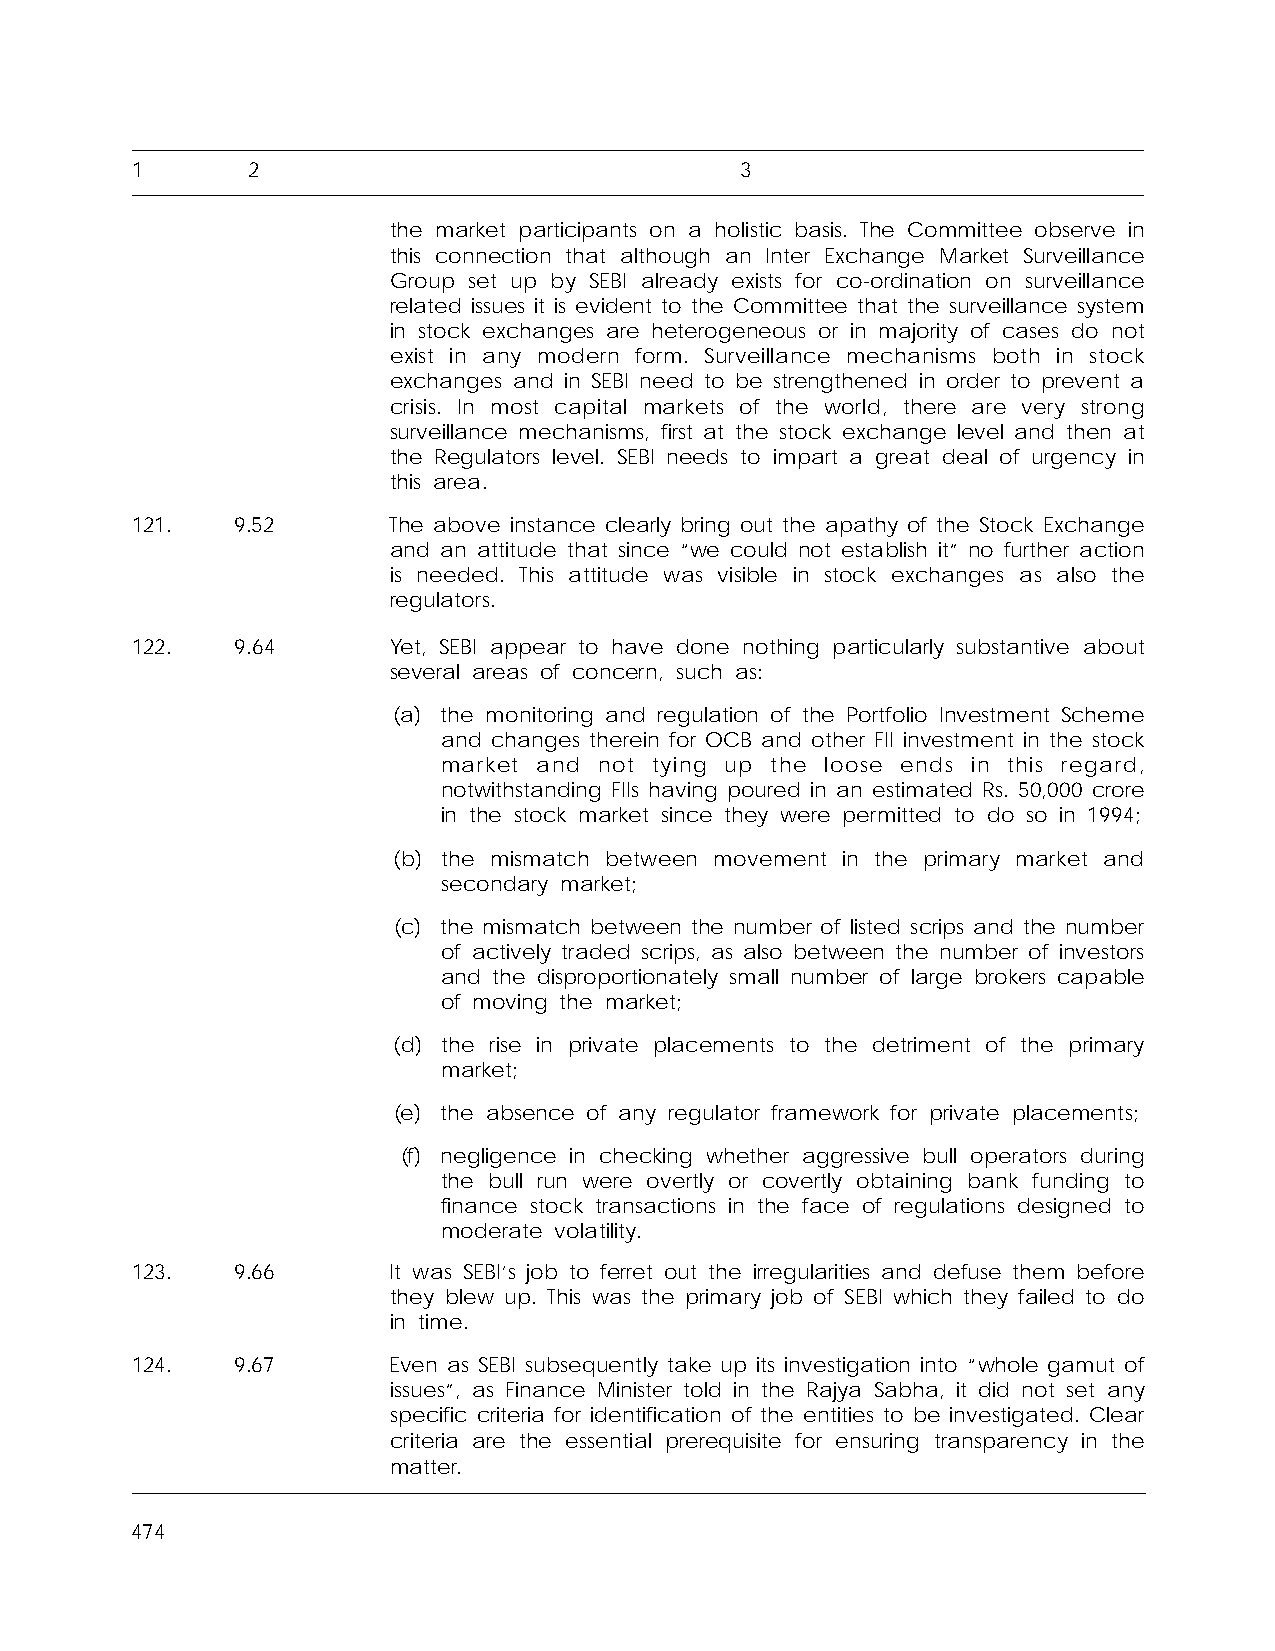
1      2                                3
 the market participants on a holistic basis. The Committee observe in
 this connection that although an Inter Exchange Market Surveillance
 Group set up by SEBI already exists for co-ordination on surveillance
 related issues it is evident to the Committee that the surveillance system
 in stock exchanges are heterogeneous or in majority of cases do not
 exist in any modern form. Surveillance mechanisms both in stock
 exchanges and in SEBI need to be strengthened in order to prevent a
 crisis. In most capital markets of the world, there are very strong
 surveillance mechanisms, first at the stock exchange level and then at
 the Regulators level. SEBI needs to impart a great deal of urgency in
 this area.
 121.   9.52      The above instance clearly bring out the apathy of the Stock Exchange
 and an attitude that since “we could not establish it” no further action
 is needed. This attitude was visible in stock exchanges as also the
 regulators.
 122.   9.64      Yet, SEBI appear to have done nothing particularly substantive about
 several areas of concern, such as:
 (a) the monitoring and regulation of the Portfolio Investment Scheme
 and changes therein for OCB and other FII investment in the stock
 market and not tying up the loose ends in this regard,
 notwithstanding FIIs having poured in an estimated Rs. 50,000 crore
 in the stock market since they were permitted to do so in 1994;
 (b) the mismatch between movement in the primary market and
 secondary market;
 (c) the mismatch between the number of listed scrips and the number
 of actively traded scrips, as also between the number of investors
 and the disproportionately small number of large brokers capable
 of moving the market;
 (d) the rise in private placements to the detriment of the primary
 market;
 (e) the absence of any regulator framework for private placements;
 (f) negligence in checking whether aggressive bull operators during
 the bull run were overtly or covertly obtaining bank funding to
 finance stock transactions in the face of regulations designed to
 moderate volatility.
 123.   9.66      It was SEBI’s job to ferret out the irregularities and defuse them before
 they blew up. This was the primary job of SEBI which they failed to do
 in time.
 124.   9.67      Even as SEBI subsequently take up its investigation into “whole gamut of
 issues”, as Finance Minister told in the Rajya Sabha, it did not set any
 specific criteria for identification of the entities to be investigated. Clear
 criteria are the essential prerequisite for ensuring transparency in the
 matter.
 474